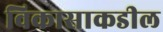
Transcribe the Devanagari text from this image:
विकासाकडील